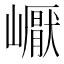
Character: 𡽣